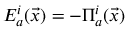
E _ { a } ^ { i } ( \vec { x } ) = - \Pi _ { a } ^ { i } ( \vec { x } )